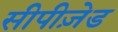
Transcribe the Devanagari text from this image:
सीपीज़ेड